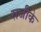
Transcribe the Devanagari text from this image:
राजीके